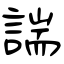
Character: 諯